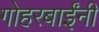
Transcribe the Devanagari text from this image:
गोहरबाईंनी